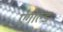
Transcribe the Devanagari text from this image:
एंगोल्ड